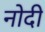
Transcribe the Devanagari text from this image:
नोदी